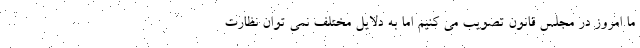
ما امروز در مجلس قانون تصویب می کنیم اما به دلایل مختلف نمی توان نظارت